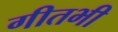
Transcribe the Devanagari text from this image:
गीतभी